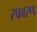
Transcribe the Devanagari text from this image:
स्फारण